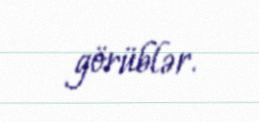
görüblər.